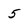
Character: 5